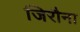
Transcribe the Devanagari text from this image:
जिरौना